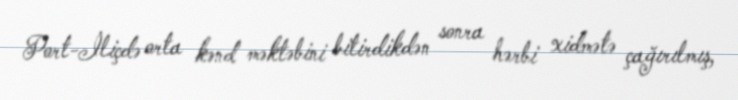
Port-İliçdə orta kənd məktəbini bitirdikdən sonra hərbi xidmətə çağırılmış,